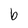
Character: b